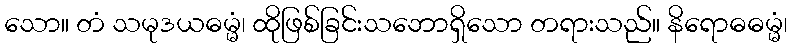
သော။ တံ သမုဒယဓမ္မံ၊ ထိုဖြစ်ခြင်းသဘောရှိသော တရားသည်။ နိရောဓဓမ္မံ၊